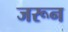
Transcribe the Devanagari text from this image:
जरून